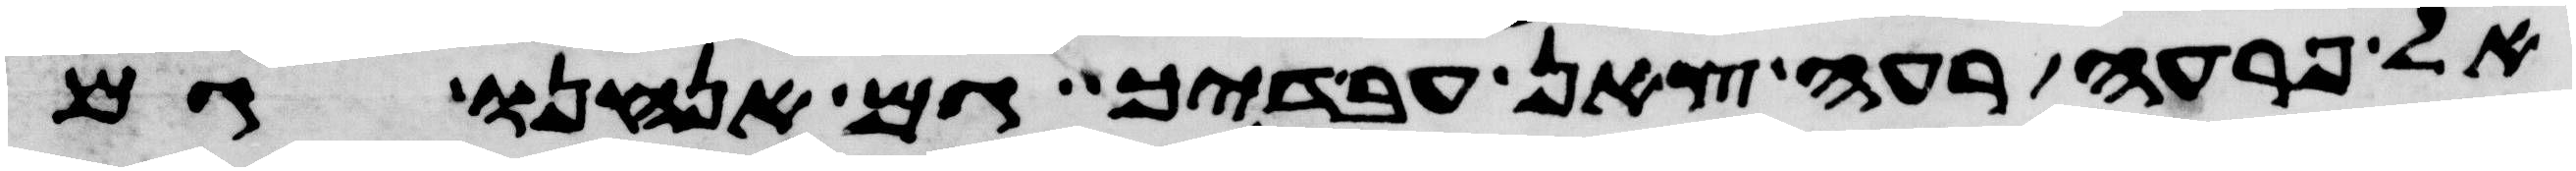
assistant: אל פרעה רעי צאן עבדיך גם אנחנו גם